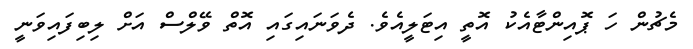
މެޗުން ހަ ޕޮއިންޓާއެކު އޮތީ އިޓަލީއެވެ. ދެވަނައިގައި އޮތް ވޭލްސް އަށް ލިބިފައިވަނީ